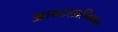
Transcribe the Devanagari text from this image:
आन्टलाजिकल